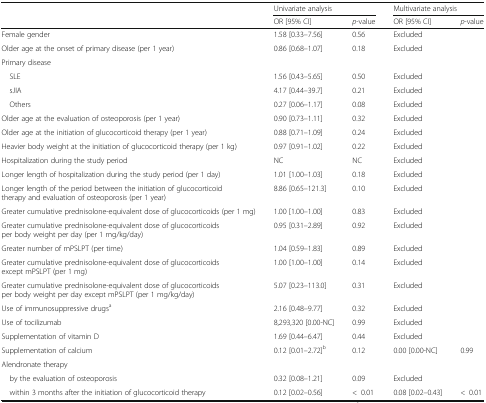
<table><thead><tr><td rowspan="2"></td><td colspan="2"><b>Univariate analysis</b></td><td colspan="2"><b>Multivariate analysis</b></td></tr><tr><td><b>OR [95% CI]</b></td><td><b><i>p</i>-value</b></td><td><b>OR [95% CI]</b></td><td><b><i>p</i>-value</b></td></tr></thead><tbody><tr><td>Female gender</td><td>1.58 [0.33–7.56]</td><td>0.56</td><td colspan="2">Excluded</td></tr><tr><td>Older age at the onset of primary disease (per 1 year)</td><td>0.86 [0.68–1.07]</td><td>0.18</td><td colspan="2">Excluded</td></tr><tr><td colspan="5">Primary disease</td></tr><tr><td> SLE</td><td>1.56 [0.43–5.65]</td><td>0.50</td><td colspan="2">Excluded</td></tr><tr><td> sJIA</td><td>4.17 [0.44–39.7]</td><td>0.21</td><td colspan="2">Excluded</td></tr><tr><td> Others</td><td>0.27 [0.06–1.17]</td><td>0.08</td><td colspan="2">Excluded</td></tr><tr><td>Older age at the evaluation of osteoporosis (per 1 year)</td><td>0.90 [0.73–1.11]</td><td>0.32</td><td colspan="2">Excluded</td></tr><tr><td>Older age at the initiation of glucocorticoid therapy (per 1 year)</td><td>0.88 [0.71–1.09]</td><td>0.24</td><td colspan="2">Excluded</td></tr><tr><td>Heavier body weight at the initiation of glucocorticoid therapy (per 1 kg)</td><td>0.97 [0.91–1.02]</td><td>0.22</td><td colspan="2">Excluded</td></tr><tr><td>Hospitalization during the study period</td><td>NC</td><td>NC</td><td colspan="2">Excluded</td></tr><tr><td>Longer length of hospitalization during the study period (per 1 day)</td><td>1.01 [1.00–1.03]</td><td>0.18</td><td colspan="2">Excluded</td></tr><tr><td>Longer length of the period between the initiation of glucocorticoid therapy and evaluation of osteoporosis (per 1 year)</td><td>8.86 [0.65–121.3]</td><td>0.10</td><td colspan="2">Excluded</td></tr><tr><td>Greater cumulative prednisolone-equivalent dose of glucocorticoids (per 1 mg)</td><td>1.00 [1.00–1.00]</td><td>0.83</td><td colspan="2">Excluded</td></tr><tr><td>Greater cumulative prednisolone-equivalent dose of glucocorticoids per body weight per day (per 1 mg/kg/day)</td><td>0.95 [0.31–2.89]</td><td>0.92</td><td colspan="2">Excluded</td></tr><tr><td>Greater number of mPSLPT (per time)</td><td>1.04 [0.59–1.83]</td><td>0.89</td><td colspan="2">Excluded</td></tr><tr><td>Greater cumulative prednisolone-equivalent dose of glucocorticoids except mPSLPT (per 1 mg)</td><td>1.00 [1.00–1.00]</td><td>0.14</td><td colspan="2">Excluded</td></tr><tr><td>Greater cumulative prednisolone-equivalent dose of glucocorticoids per body weight per day except mPSLPT (per 1 mg/kg/day)</td><td>5.07 [0.23–113.0]</td><td>0.31</td><td colspan="2">Excluded</td></tr><tr><td>Use of immunosuppressive drugs<sup>a</sup></td><td>2.16 [0.48–9.77]</td><td>0.32</td><td colspan="2">Excluded</td></tr><tr><td>Use of tocilizumab</td><td>8,293,320 [0.00-NC]</td><td>0.99</td><td colspan="2">Excluded</td></tr><tr><td>Supplementation of vitamin D</td><td>1.69 [0.44–6.47]</td><td>0.44</td><td colspan="2">Excluded</td></tr><tr><td>Supplementation of calcium</td><td>0.12 [0.01–2.72]<sup>b</sup></td><td>0.12</td><td>0.00 [0.00-NC]</td><td>0.99</td></tr><tr><td colspan="5">Alendronate therapy</td></tr><tr><td> by the evaluation of osteoporosis</td><td>0.32 [0.08–1.21]</td><td>0.09</td><td colspan="2">Excluded</td></tr><tr><td> within 3 months after the initiation of glucocorticoid therapy</td><td>0.12 [0.02–0.56]</td><td>&lt;0.01</td><td>0.08 [0.02–0.43]</td><td>&lt;0.01</td></tr></tbody></table>